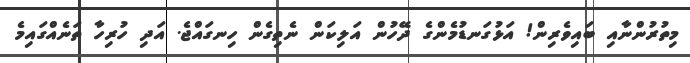
މިތުރުންނާއި ބައިިވެރިން! އަޅުގަނޑުމެންގެ ދޭހުން އަލިކަން ނެތިގެން ހިނގައްޖެ. އަދި ހުރިހާ ތަނެއްގައިމެ